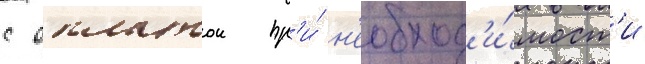
с оплатои пр'и́ н'еобход'и́мост'и